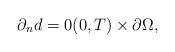
LaTeX: \begin{align*} \partial_n d = 0 (0 , T) \times \partial \Omega,\end{align*}